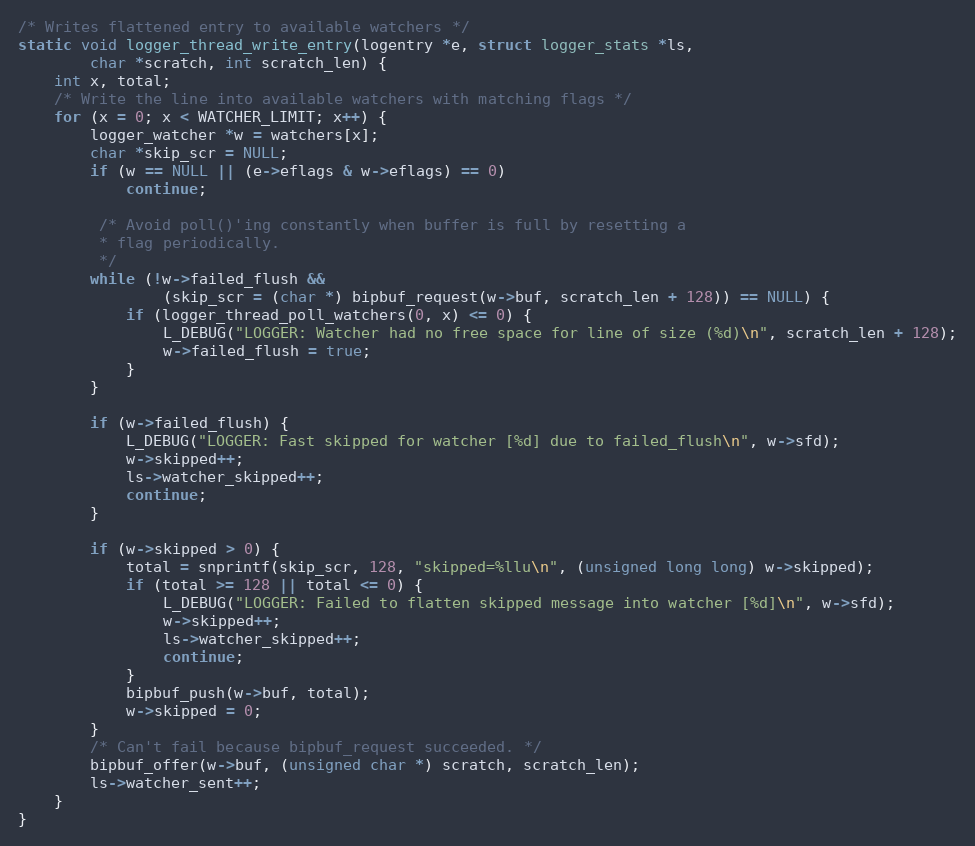
Language: C
/* Writes flattened entry to available watchers */
static void logger_thread_write_entry(logentry *e, struct logger_stats *ls,
        char *scratch, int scratch_len) {
    int x, total;
    /* Write the line into available watchers with matching flags */
    for (x = 0; x < WATCHER_LIMIT; x++) {
        logger_watcher *w = watchers[x];
        char *skip_scr = NULL;
        if (w == NULL || (e->eflags & w->eflags) == 0)
            continue;

         /* Avoid poll()'ing constantly when buffer is full by resetting a
         * flag periodically.
         */
        while (!w->failed_flush &&
                (skip_scr = (char *) bipbuf_request(w->buf, scratch_len + 128)) == NULL) {
            if (logger_thread_poll_watchers(0, x) <= 0) {
                L_DEBUG("LOGGER: Watcher had no free space for line of size (%d)\n", scratch_len + 128);
                w->failed_flush = true;
            }
        }

        if (w->failed_flush) {
            L_DEBUG("LOGGER: Fast skipped for watcher [%d] due to failed_flush\n", w->sfd);
            w->skipped++;
            ls->watcher_skipped++;
            continue;
        }

        if (w->skipped > 0) {
            total = snprintf(skip_scr, 128, "skipped=%llu\n", (unsigned long long) w->skipped);
            if (total >= 128 || total <= 0) {
                L_DEBUG("LOGGER: Failed to flatten skipped message into watcher [%d]\n", w->sfd);
                w->skipped++;
                ls->watcher_skipped++;
                continue;
            }
            bipbuf_push(w->buf, total);
            w->skipped = 0;
        }
        /* Can't fail because bipbuf_request succeeded. */
        bipbuf_offer(w->buf, (unsigned char *) scratch, scratch_len);
        ls->watcher_sent++;
    }
}